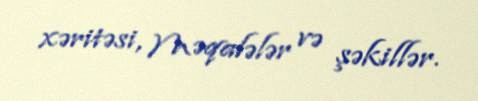
xəritəsi, Məqalələr və şəkillər.